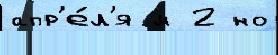
апр'е́л'я м 2 но